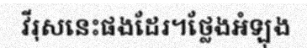
វីរុសនេះផងដែរ។ថ្លែងអំឡុង